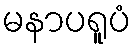
မနာပရူပံ